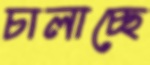
চালাচ্ছে